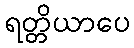
ရတ္တိယာပေ